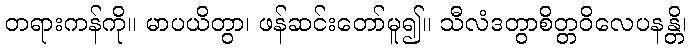
တရားကန်ကို။ မာပယိတွာ၊ ဖန်ဆင်းတော်မူ၍။ သီလံဒတွာစိတ္တဝိလေပနန္တိ၊